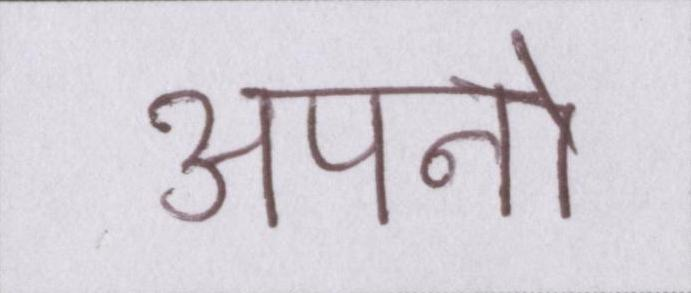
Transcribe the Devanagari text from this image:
अपनो